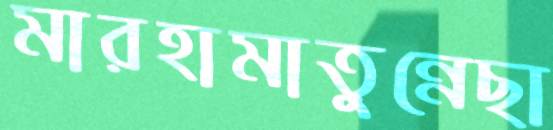
মারহামাতুন্নেছা